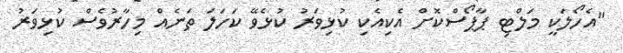
"އެހޯލަކީ މަލްޓި ޕާޕޯސްކޮށް އެކިއެކި ކުޅިވަރު ކުޅެވޭ ކަހަލަ ތަނެއް މިހާރުވެސް ކުޅިވަރު